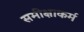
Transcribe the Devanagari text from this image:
समीक्षाकर्म